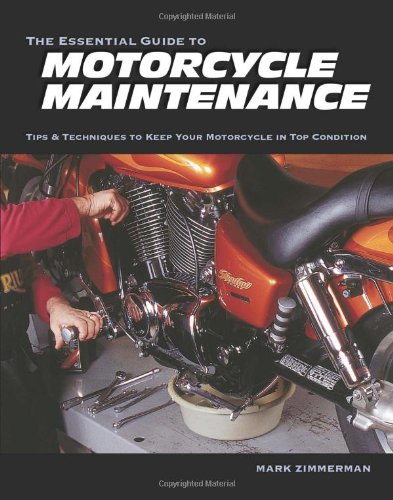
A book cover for The Essential Guide to Motorcycle Maintenance: Tips & Techniques to Keep Your Motorcycle in Top Condition; Mark Zimmerman; Engineering & Transportation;